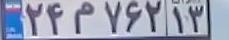
۲۴م۷۶۲۱۳